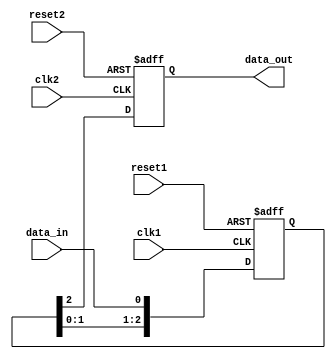
module timing_control_synch(
    input wire clk1,           // Clock signal for domain 1
    input wire clk2,           // Clock signal for domain 2
    input wire reset1,         // Reset signal for domain 1
    input wire reset2,         // Reset signal for domain 2
    input wire data_in,        // Data input signal to be synchronized
    output reg data_out        // Synchronized data output signal
);

reg [2:0] sync_reg;

always @(posedge clk1 or posedge reset1) begin
    if (reset1) begin
        sync_reg <= 3'b0;     // Synchronize reset signal for domain 1
    end else begin
        sync_reg <= {sync_reg[1:0], data_in};  // Synchronize data input signal
    end
end

always @(posedge clk2 or posedge reset2) begin
    if (reset2) begin
        data_out <= 1'b0;     // Synchronize reset signal for domain 2
    end else begin
        data_out <= sync_reg[2];    // Output synchronized data signal
    end
end

endmodule